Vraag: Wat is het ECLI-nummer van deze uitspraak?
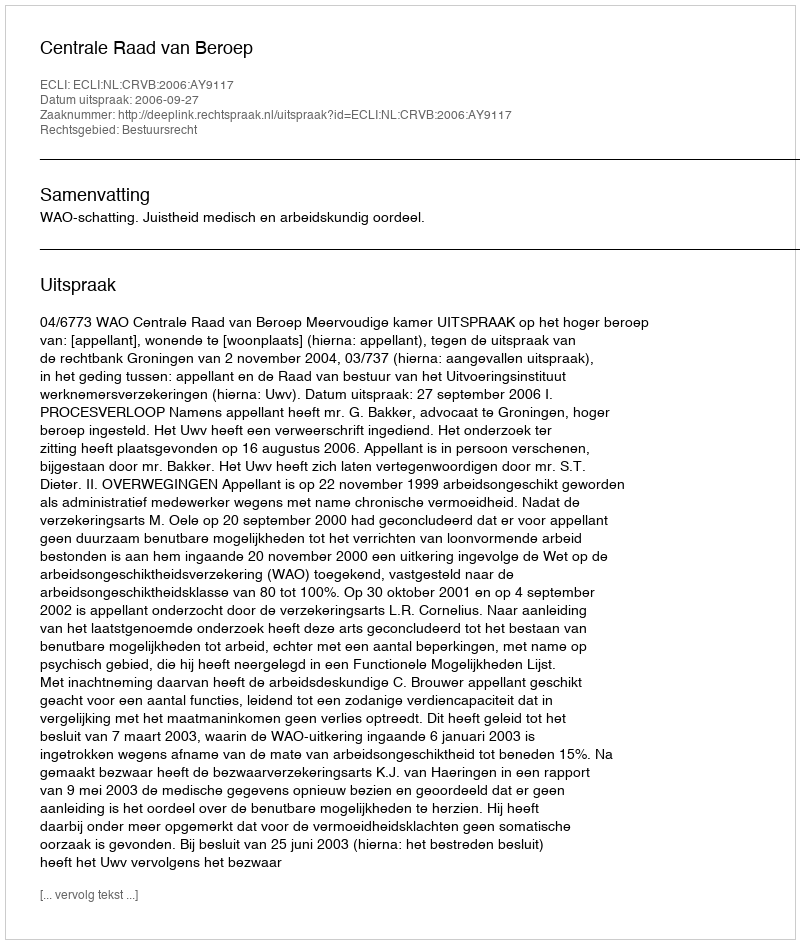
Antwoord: ECLI:NL:CRVB:2006:AY9117